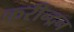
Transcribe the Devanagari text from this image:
करीन्द्रन